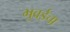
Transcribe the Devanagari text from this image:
भुवईचा